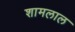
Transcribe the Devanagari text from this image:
शामलाल